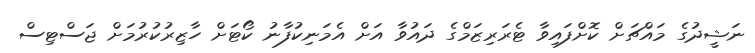
ނަޝީދުގެ މައްޗަށް ކޮށްފައިވާ ޓެރަރިޒަމްގެ ދައުވާ އަށް އެމަނިކުފާނު ކޯޓަށް ހާޒިރުކުުރުމަށް ޖަސްޓިސް